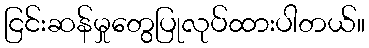
ငြင်းဆန်မှုတွေပြုလုပ်ထားပါတယ်။